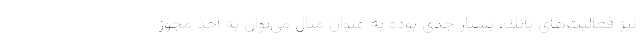
نیز فعالیت‌های بانك، بسیار جدی بوده به عنوان مثال می‌توان به اخذ مجوز